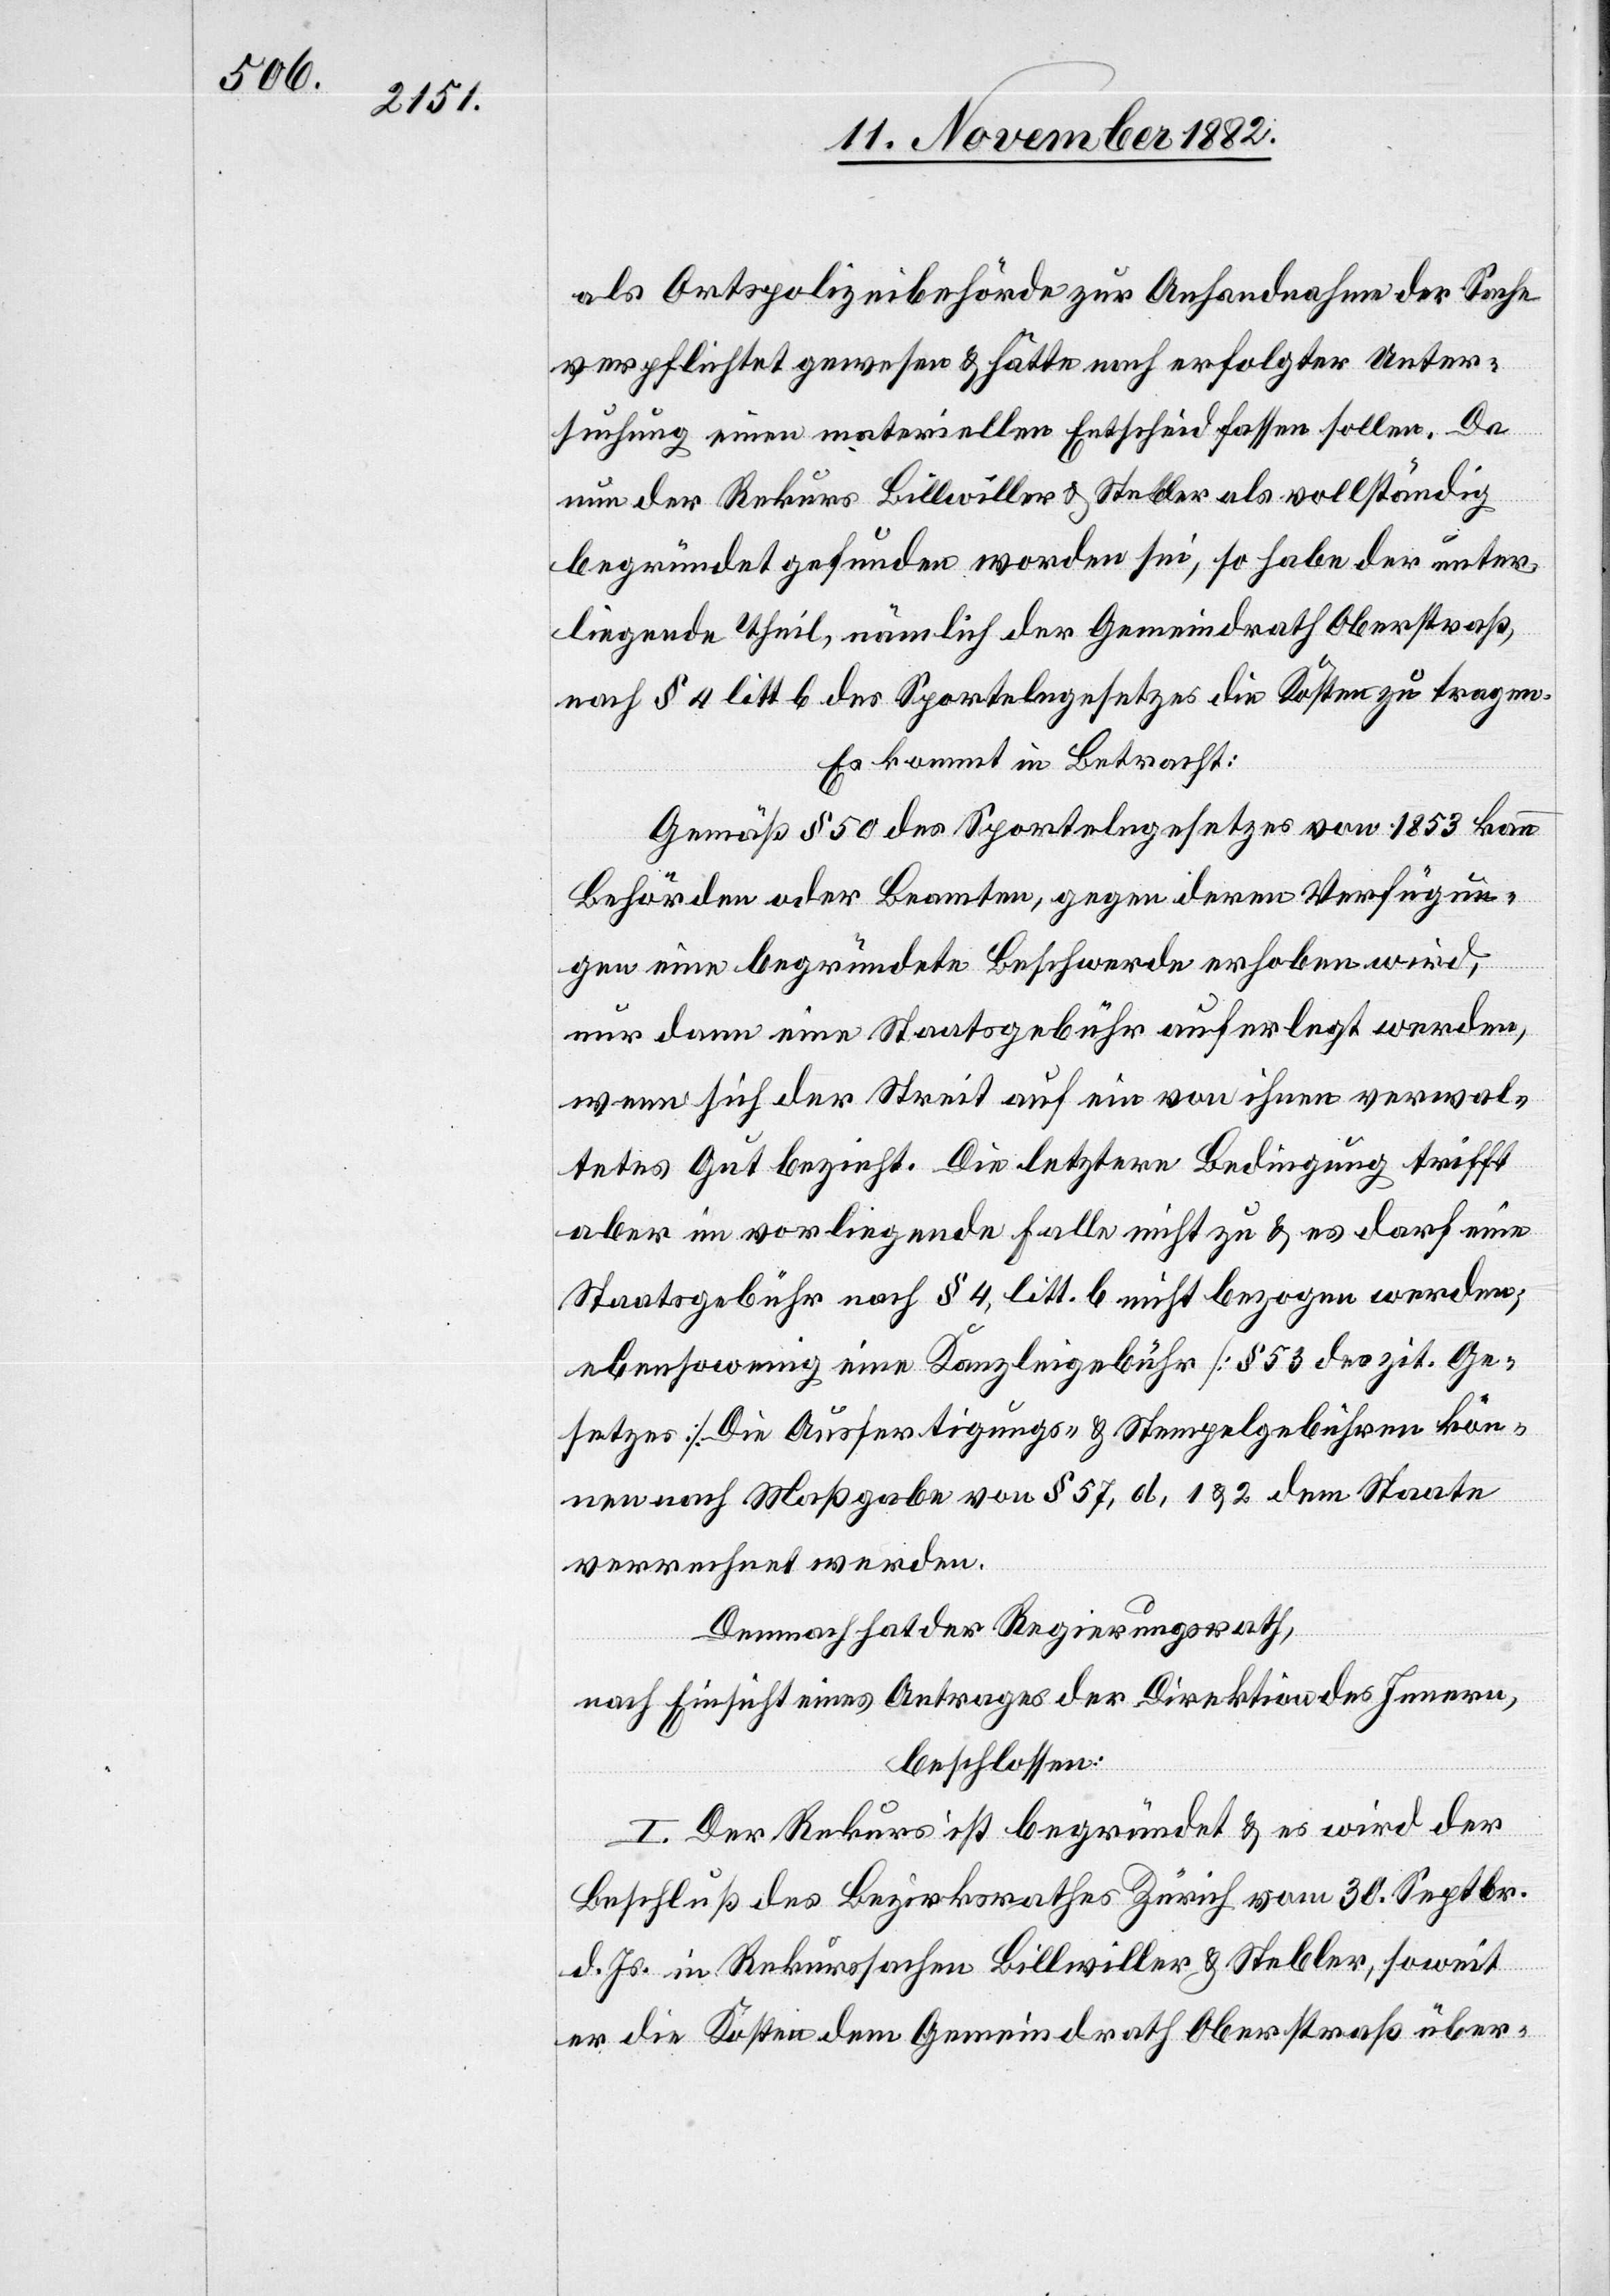
als Ortspolizeibehörde zur Anhandnahme der Sache
verpflichtet gewesen & hätte nach erfolgter Unter¬
suchung einen materiellen Entscheid fassen sollen. Da
nun der Rekurs Billwiller & Stebler als vollständig
begründet gefunden worden sei, so habe der unter¬
liegende Theil, nämlich der Gemeindrath Oberstraß,
nach § 4 litt b des Sportelngesetzes die Kosten zu tragen.
Es kommt in Betracht:
Gemäß § 50 des Sportelngesetzes von 1853 kann
Behörden oder Beamten, gegen deren Verfügun¬
gen eine begründete Beschwerde erhoben wird,
nur dann eine Staatsgebühr auferlegt werden,
wenn sich der Streit auf ein von ihnen verwal¬
tetes Gut bezieht. Die letztere Bedingung trifft
aber im vorliegende[n] Falle nicht zu & es darf eine
Staatsgebühr nach § 4, litt. b nicht bezogen werden;
ebensowenig eine Kanzleigebühr [§ 53 des zit. Ge¬
setzes]. Die Ausfertigungs- & Stempelgebühren kön¬
nen nach Maßgabe von § 57, d, 1 & 2 dem Staate
verrechnet werden.
Demnach hat der Regierungsrath,
nach Einsicht eines Antrages der Direktion des Innern,
beschlossen:
I. Der Rekurs ist begründet & es wird der
Beschluß des Bezirksrathes Zürich vom 30. Septbr.
d. Js. in Rekurssachen Billwiller & Stebler, soweit
er die Kosten dem Gemeindrath Oberstraß über-